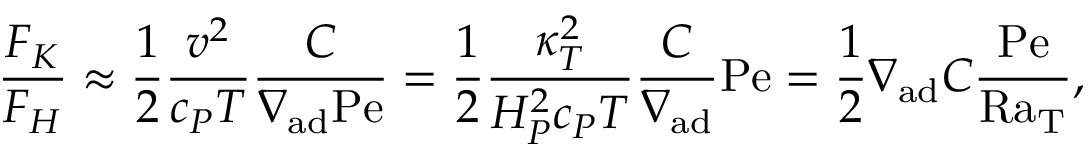
{ \frac { F _ { K } } { F _ { H } } } \approx { \frac { 1 } { 2 } } { \frac { v ^ { 2 } } { c _ { P } T } } { \frac { C } { \nabla _ { \mathrm { a d } } \mathrm { P e } } } = { \frac { 1 } { 2 } } { \frac { \kappa _ { T } ^ { 2 } } { H _ { P } ^ { 2 } c _ { P } T } } { \frac { C } { \nabla _ { \mathrm { a d } } } } \mathrm { P e } = { \frac { 1 } { 2 } } \nabla _ { \mathrm { a d } } C { \frac { \mathrm { P e } } { \mathrm { R a _ { T } } } } ,